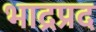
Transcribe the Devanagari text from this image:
भाद्रप्रद